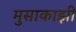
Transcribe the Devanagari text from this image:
मुसाकाझी